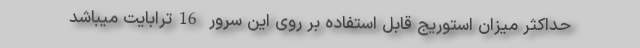
حداکثر میزان استوریج قابل استفاده بر روی این سرور 16ترابایت میباشد